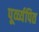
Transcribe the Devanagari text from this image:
पूर्व्व्यपित